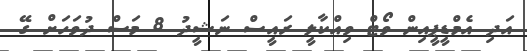
އަދި އެމްޑީޕީއިން ވޯޓް ވިއްކާލީ ރައީސް ނަޝީދު 8 މަސް ދުވަހަށް ގޭ